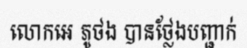
លោកអេ ភូថង បានថ្លែងបញ្ជាក់